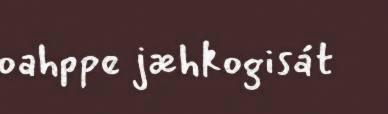
oahppe jæhkogisát